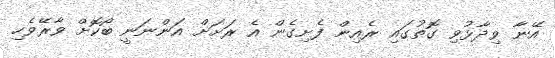
އޭނާ ވިދާޅުވި ގޮތުގައި ރެއިން ފެށިގެން އެ ރަށަށް އަންނަނީ ބޯކޮށް ވާރޭވެހި